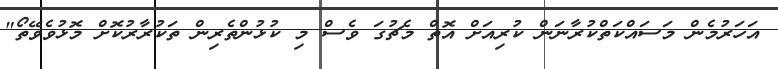
އަހަރުމެން މަސައްކަތްކުރާނަން ކުރިއަށް އޮތް މެޗުގަ ވެސް މި ކުޅުންތެރިން ތަކުރާރުކޮށް މޮޅުވެވޭތޯ"